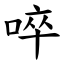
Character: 啐